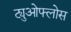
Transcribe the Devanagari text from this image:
ट्युओफ्लोस